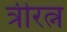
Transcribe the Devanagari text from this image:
त्रीरत्न